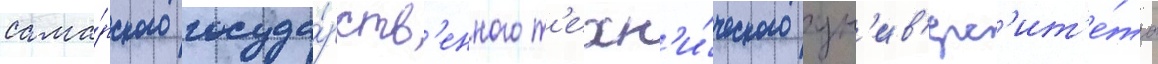
сама́рского госуда́рств'енного т'ехн'и́ческого ун'ив'ерс'ит'е́та